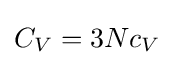
C_{V}=3Nc_{V}